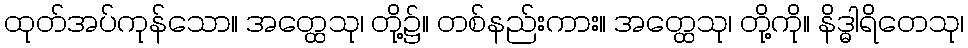
ထုတ်အပ်ကုန်သော။ အတ္ထေသု၊ တို့၌။ တစ်နည်းကား။ အတ္ထေသု၊ တို့ကို။ နိဒ္ဓါရိတေသု၊